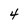
Character: 4